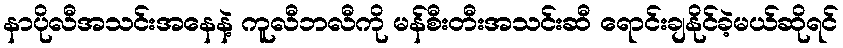
နာပိုလီအသင်းအနေနဲ့ ကူလီဘလီကို မန်စီးတီးအသင်းဆီ ရောင်းချနိုင်ခဲ့မယ်ဆိုရင်